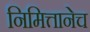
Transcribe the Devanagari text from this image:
निमित्तानेच